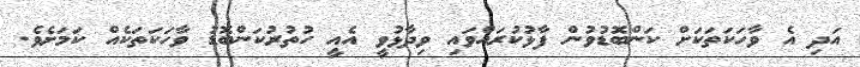
އަދި އެ ވާހަކަތަކަށް ކަންބޮޑުވުން ފާޅުކުރައްވައި ވިދާޅުވީ އެއީ ހުތުރުކަންބޮޑު ވާހަކަތަކެއް ކަމަށެވެ.